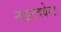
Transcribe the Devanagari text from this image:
नाइटक्वेस्ट